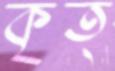
কৃত্